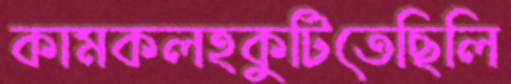
কামকলহকুটিতেছিলি